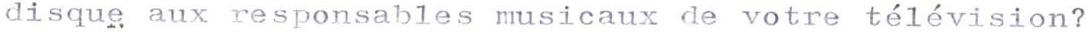
disque aux responsables musicaux de votre télévision?